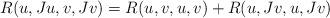
LaTeX: \begin{align*}R(u, Ju, v, Jv) = R(u, v, u, v) + R(u, Jv, u, Jv)\end{align*}